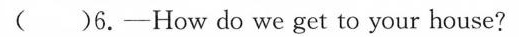
( )6.-How do we get to your house?